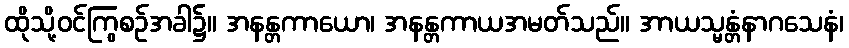
ထိုသို့ဝင်ကြွစဉ်အခါ၌။ အနန္တကာယော၊ အနန္တကာယအမတ်သည်။ အာယသ္မန္တံနာဂသေနံ၊